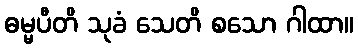
ဓမ္မပီတိ သုခံ သေတိ စသော ဂါထာ။